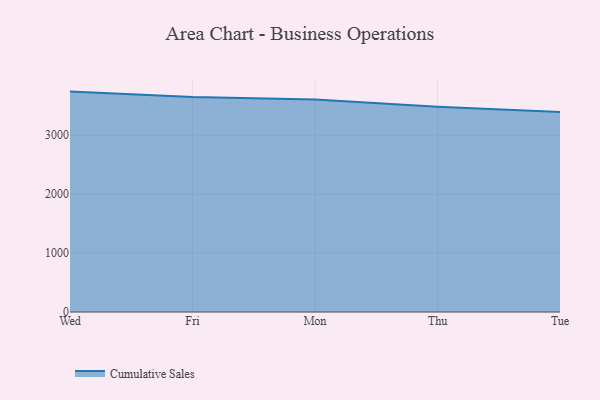
{"axis": {"x": "Day", "y": "Tickets Resolved"}, "legend": ["Cumulative Sales"], "data": [{"x": "Wed", "y": 3739.3, "type": "Cumulative Sales"}, {"x": "Fri", "y": 3647.6, "type": "Cumulative Sales"}, {"x": "Mon", "y": 3604.6, "type": "Cumulative Sales"}, {"x": "Thu", "y": 3481.4, "type": "Cumulative Sales"}, {"x": "Tue", "y": 3395.0, "type": "Cumulative Sales"}]}